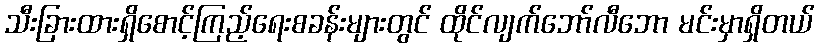
သီးခြားထားရှိစောင့်ကြည့်ရေးစခန်းများတွင် ထိုင်လျက်ဘော်လီဘော မင်းမှာရှိတယ်